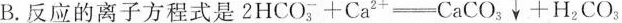
B. 反应的离子方程式是 $$2 H C O _ { 3 } + C a ^{ 2 + } = C a C O _ { 3 } \downarrow + H _ { 2 } C O 3 _{ 3 }$$